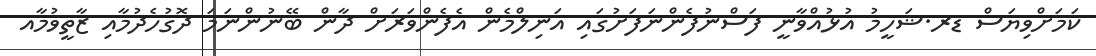
ކަމަށްވިޔަސް ޑރ.ޝަހީމު އުޅުއްވާނީ ފަސްނުފެންނަފަށުގައި އަނިލްމެން އެފެންވަރަށް ދާން ބޭނުންނަމަ ދޮގުހެދުމާއި ޒާތީވުމާއ